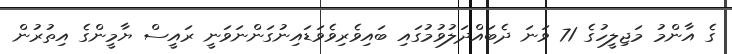
ގެ އާންމު މަޖިލީހުގެ 71 ވަނަ ދެބައްދަލުވުމުގައި ބައިވެރިވެވަޑައިނުގަންނަވަނީ ރައީސް ޔާމީންގެ އިތުރުން